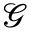
\mathcal { G }